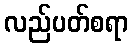
လည်ပတ်စရာ